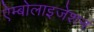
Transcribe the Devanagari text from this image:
ऐम्बोलाइजेशन